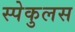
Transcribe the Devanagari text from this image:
स्पेकुलस